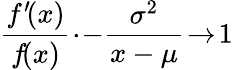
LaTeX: {\frac{f^{\prime}\! (x)}{f\! (x)}}\! \cdot\! -\! \, {\frac{\sigma^{2}}{x-\mu}}\! \to\! 1